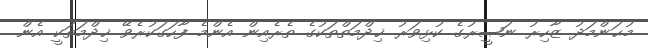
މުޙަންމަދު ޒާހިރު ނަޞީރުގެ ކުޅިވަރު ޚިދްމަތްތަކުގެ ތެރެއިން އެންމެ ފާހަގަކުރެވޭ ޚިދްމަތަކީ އެން.